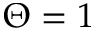
\Theta = 1